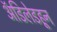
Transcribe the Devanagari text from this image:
ॲडिलेडहून